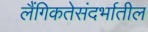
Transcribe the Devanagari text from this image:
लैंगिकतेसंदर्भातील